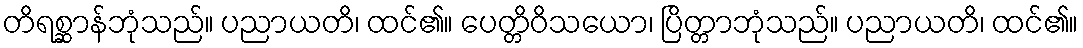
တိရစ္ဆာန်ဘုံသည်။ ပညာယတိ၊ ထင်၏။ ပေတ္တိဝိသယော၊ ပြိတ္တာဘုံသည်။ ပညာယတိ၊ ထင်၏။